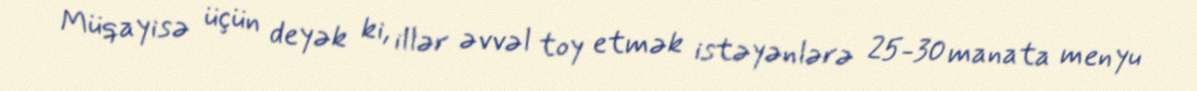
Müqayisə üçün deyək ki, illər əvvəl toy etmək istəyənlərə 25-30 manata menyu